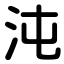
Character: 沌